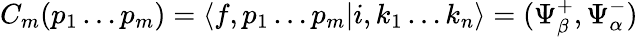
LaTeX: C_{m}(p_{1}\ldots p_{m})=\left\langle f,p_{1}\ldots p_{m}\right|i,k_{1}\ldots k_{n}\rangle=(\Psi_{\beta}^{+},\Psi_{\alpha}^{-})